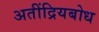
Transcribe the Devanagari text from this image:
अतींद्रियबोध